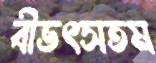
বীভৎসতম